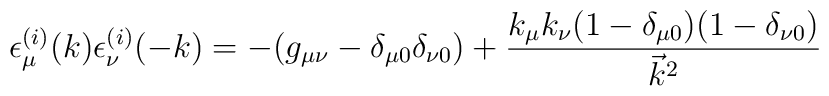
\epsilon ^{(i)}_\mu (k) \epsilon_\nu^{( i)}(-k)=-(g_{\mu\nu} -\delta _{\mu 0}\delta _{\nu 0})+ \frac{ k_\mu k_\nu (1-\delta _{\mu 0})(1-\delta _{\nu0})}{\vec{k}^2}